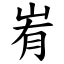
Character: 峟